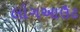
લોગઆઉટ